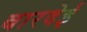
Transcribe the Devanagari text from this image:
बारदेई